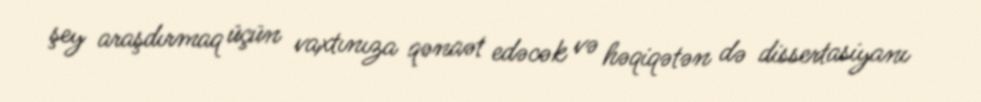
şey araşdırmaq üçün vaxtınıza qənaət edəcək və həqiqətən də dissertasiyanı